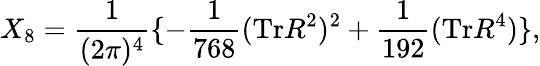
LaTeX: X_{8}=\frac{1}{(2\pi)^{4}}\lbrace-\frac{1}{768}(\mathrm{{Tr}}R^{2})^{2}+\frac{1}{192}(\mathrm{Tr}R^{4})\rbrace,